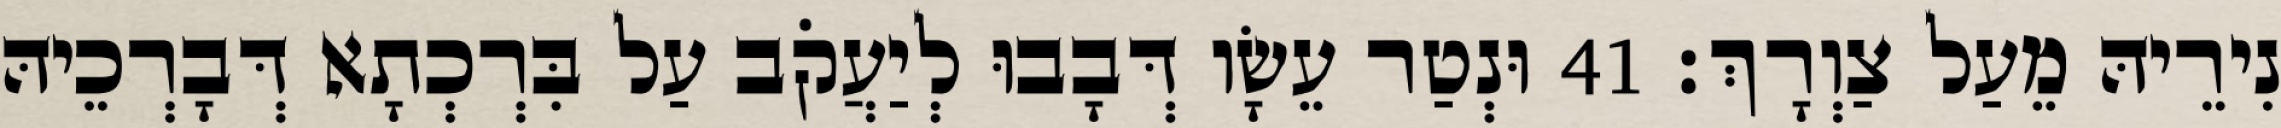
נִירֵיהּ מֵעַל צַוְרָךְ׃ 41 וּנְטַר עֵשָׂו דְּבָבוּ לְיַעֲקֹב עַל בִּרְכְתָא דְּבָרְכֵיהּ